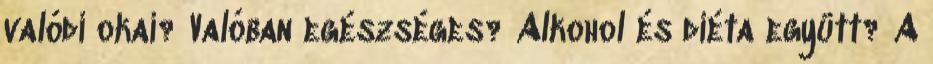
valódi okai? Valóban egészséges? Alkohol és diéta együtt? A